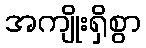
အကျိုးရှိစွာ